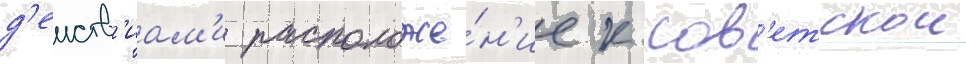
д'еиств'иам'и расположе́н'ие к сов'етскои